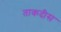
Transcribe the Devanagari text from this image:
ताकदीस